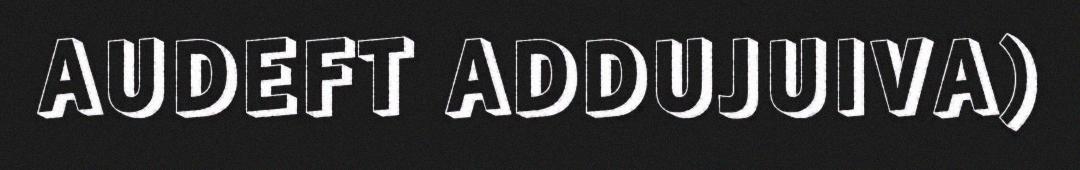
AUDEFT ADDUJUIVA)